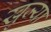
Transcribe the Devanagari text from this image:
खुज्या